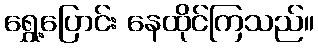
ရွှေ့ပြောင်း နေထိုင်ကြသည်။